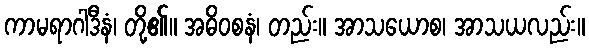
ကာမရာဂါဒီနံ၊ တို့၏။ အဓိဝစနံ၊ တည်း။ အာသယောစ၊ အာသယလည်း။